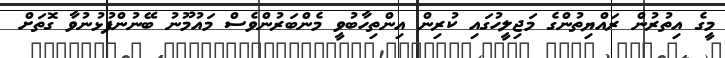
މީގެ އިތުރުން ރައްޔިތުންގެ މަޖިލީހުގައި ކުރިން އިންތިހާބުވީ މެންބަރުންވެސް މައުމޫނު ބޭނުންފުޅުނުވާ ގޮތަށް